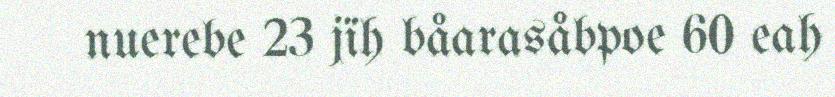
nuerebe 23 jïh båarasåbpoe 60 eah